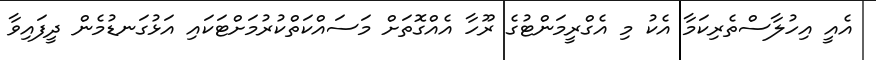
އެއީ އިހުލާސްތެރިކަމާ އެކު މި އެގްރީމަންޓުގެ ރޫހާ އެއްގޮތަށް މަސައްކަތްކުރުމަށްޓަކައި އަޅުގަނޑުމެން ދީފައިވާ